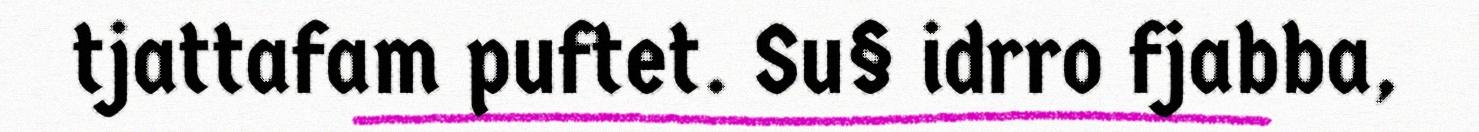
tjattafam puftet. Su§ idrro fjabba,